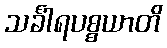
သင်္ခါရပစ္စယာတိ